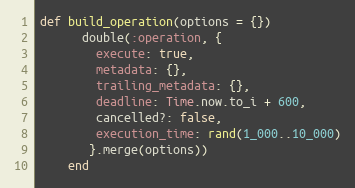
Language: Ruby
def build_operation(options = {})
      double(:operation, {
        execute: true,
        metadata: {},
        trailing_metadata: {},
        deadline: Time.now.to_i + 600,
        cancelled?: false,
        execution_time: rand(1_000..10_000)
       }.merge(options))
    end